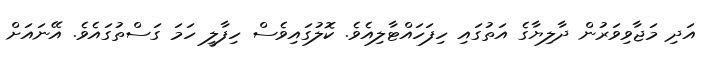
އަދި މަޖާވިވަރުން ދާލިޔާގެ އަތުގައި ހިފަހައްޓާލިއެވެ. ކޮލުގައިވެސް ހިފާލީ ހަމަ ގަސްތުގައެވެ. އޭނައަށް